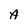
Character: A